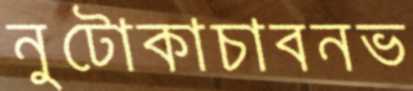
নুটোকাচাবনভ